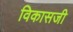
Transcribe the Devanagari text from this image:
विकासजी